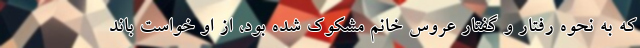
که به نحوه رفتار و گفتار عروس خانم مشکوک شده بود، از او خواست باند